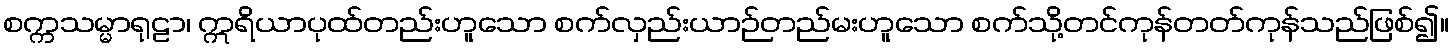
စက္ကသမ္မာရုဠာ၊ ဣရိယာပုထ်တည်းဟူသော စက်လှည်းယာဉ်တည်မးဟူသော စက်သို့တင်ကုန်တတ်ကုန်သည်ဖြစ်၍။